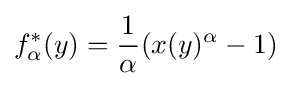
f_{\alpha }^{*}(y)={\frac {1}{\alpha }}(x(y)^{\alpha }-1)